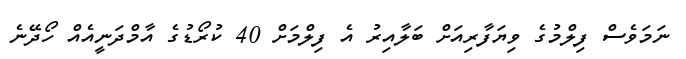
ނަމަވެސް ފިލްމުގެ ވިޔަފާރިއަށް ބަލާއިރު އެ ފިލްމަށް 40 ކުރޯޑުގެ އާމްދަނީއެއް ހޯދޭނެ